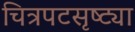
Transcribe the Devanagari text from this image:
चित्रपटसृष्ट्या